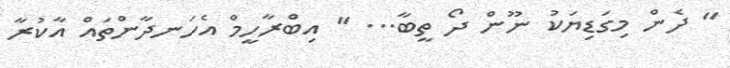
" ދެން މިގަޑިޔަކު ނޫން ދޯ ތީބާ... " އިބްރާހީމް އެހަނދާންތައް އާކުރާ